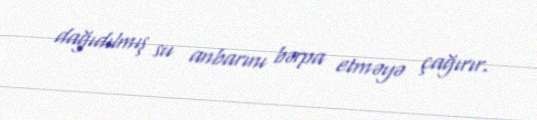
dağıdılmış su anbarını bərpa etməyə çağırır.